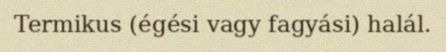
Termikus (égési vagy fagyási) halál.